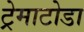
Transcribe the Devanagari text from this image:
ट्रेमाटोडा